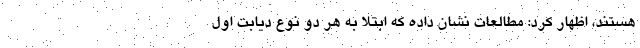
هستند، اظهار کرد: مطالعات نشان داده که ابتلا به هر دو نوع دیابت اول